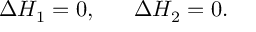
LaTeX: \Delta H _ { 1 } = 0 , ~ ~ ~ ~ ~ \Delta H _ { 2 } = 0 .